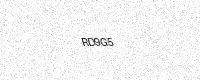
Text: RD9G5